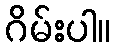
ဂိမ်းပါ။